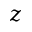
\boldsymbol z